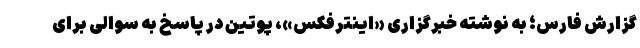
گزارش فارس؛ به نوشته خبرگزاری «اینترفکس»، پوتین در پاسخ به سوالی برای